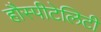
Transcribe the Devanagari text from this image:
हौस्पीटेलिटी